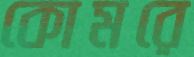
কোমরে